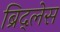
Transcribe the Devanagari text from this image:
ब्रिद्लेस